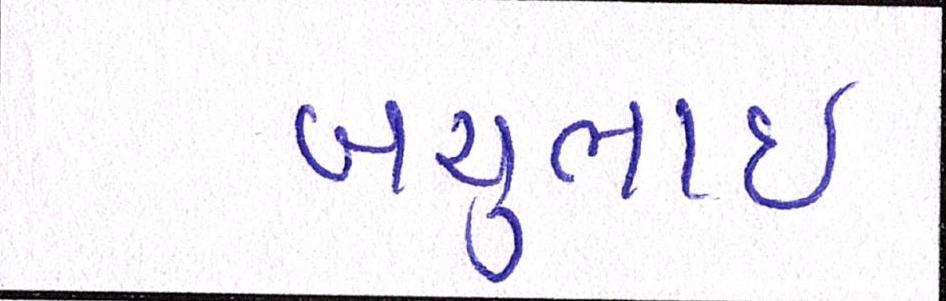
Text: બચુભાઈ